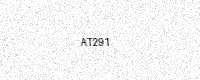
Text: AT291